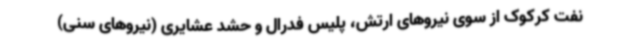
نفت کرکوک از سوی نیروهای ارتش، پلیس فدرال و حشد عشایری (نیروهای سنی)